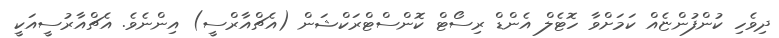
ދިވެހި ކުންފުންޏެއް ކަމަށްވާ ހޮޓެލް އެންޑް ރިސޯޓް ކޮންސްޓްރަކްޝަން (އެޗްއާރްސީ) އިންނެވެ. އެޗްއާރުސީއަކީ